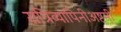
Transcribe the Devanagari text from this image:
रात्रिव्यापिनीअष्टमी